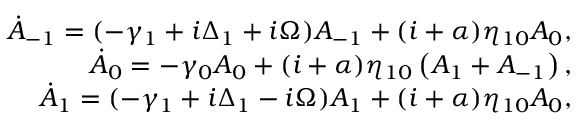
\begin{array} { r l r } & { } & { \dot { A } _ { - 1 } = ( - \gamma _ { 1 } + i \Delta _ { 1 } + i \Omega ) A _ { - 1 } + ( i + \alpha ) \eta _ { 1 0 } A _ { 0 } , \quad } \\ & { } & { \dot { A } _ { 0 } = - \gamma _ { 0 } A _ { 0 } + ( i + \alpha ) \eta _ { 1 0 } \left( A _ { 1 } + A _ { - 1 } \right) , \quad } \\ & { } & { \dot { A } _ { 1 } = ( - \gamma _ { 1 } + i \Delta _ { 1 } - i \Omega ) A _ { 1 } + ( i + \alpha ) \eta _ { 1 0 } A _ { 0 } , \quad } \end{array}